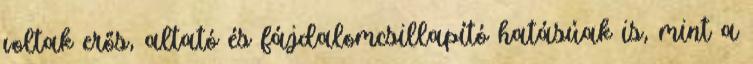
voltak erős, altató és fájdalomcsillapító hatásúak is, mint a